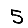
Digit: 5